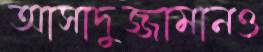
আসাদুজ্জামানও